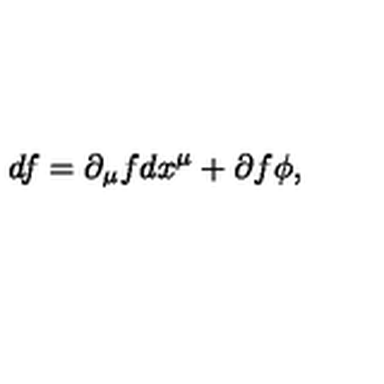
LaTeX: d f = \partial _ { \mu } f d x ^ { \mu } + \partial f \phi ,